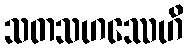
သတသဟဿေဟိ